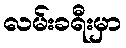
လမ်းခရီးမှာ